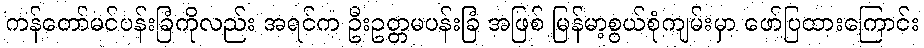
ကန်တော်မင်ပန်းခြံကိုလည်း အရင်က ဦးဥတ္တမပန်းခြံ အဖြစ် မြန်မာ့စွယ်စုံကျမ်းမှာ ဖော်ပြထားကြောင်း